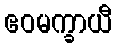
ဧဝမက္ခာယီ